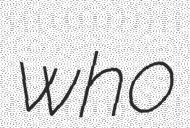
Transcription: who